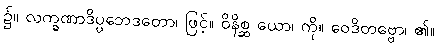
၌။ လက္ခဏာဒိပ္ပဘေဒတော၊ ဖြင့်။ ဝိနိစ္ဆ ယော၊ ကို။ ဝေဒိတဗ္ဗော၊ ၏။